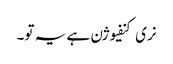
نری کنفیوژن ہے یہ تو۔